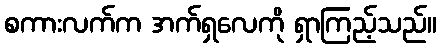
စကားလက်က အက်ရှလေကို ရှာကြည့်သည်။